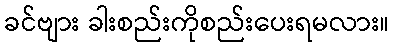
ခင်ဗျား ခါးစည်းကိုစည်းပေးရမလား။